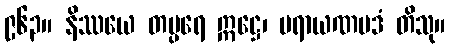
၉၆၃။ နိဿယေ တပ္ပရေ ဣဋ္ဌေ၊ ပရာယဏပဒံ တိသု။